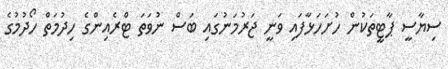
ސިޔާސީ ޕާޓީތަކުން ހުށަހަޅާފައި ވަނީ ޖަރުމަނުގައި ބަސް ނުވަތަ ޓްރެއިންގެ ހިދުމަތް ހޯދުމުގެ